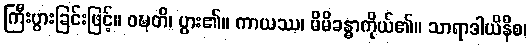
ကြီးပွားခြင်းဖြင့်။ ဝဍ္ဎတိ၊ ပွား၏။ ကာယဿ၊ မိမိခန္ဓာကိုယ်၏။ သာရာဒါယိနီစ၊